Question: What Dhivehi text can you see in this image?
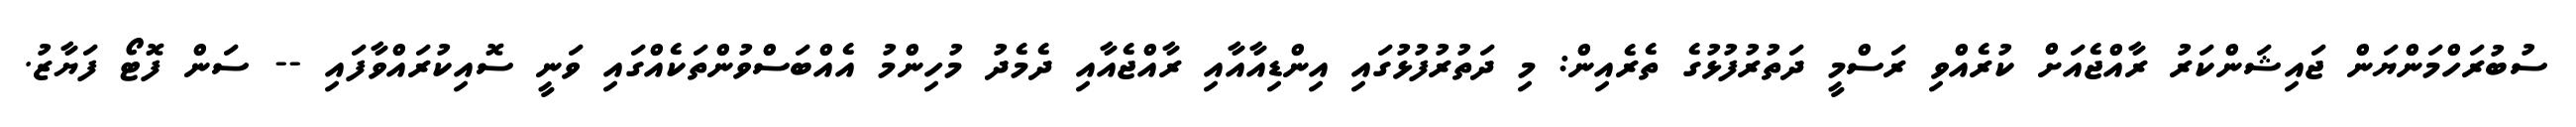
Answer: ސުބުރަހްމަންޔަން ޖައިޝަންކަރު ރާއްޖެއަށް ކުރެއްވި ރަސްމީ ދަތުރުފުޅުގެ ތެރެއިން: މި ދަތުރުފުޅުގައި އިންޑިއާއާއި ރާއްޖެއާއި ދެމެދު މުހިންމު އެއްބަސްވުންތަކެއްގައި ވަނީ ސޮއިކުރައްވާފައި -- ސަން ފޮޓޯ ފަޔާޒު.